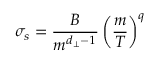
\sigma _ { s } = \frac { B } { m ^ { d _ { \perp } - 1 } } \left( \frac { m } { T } \right) ^ { q }